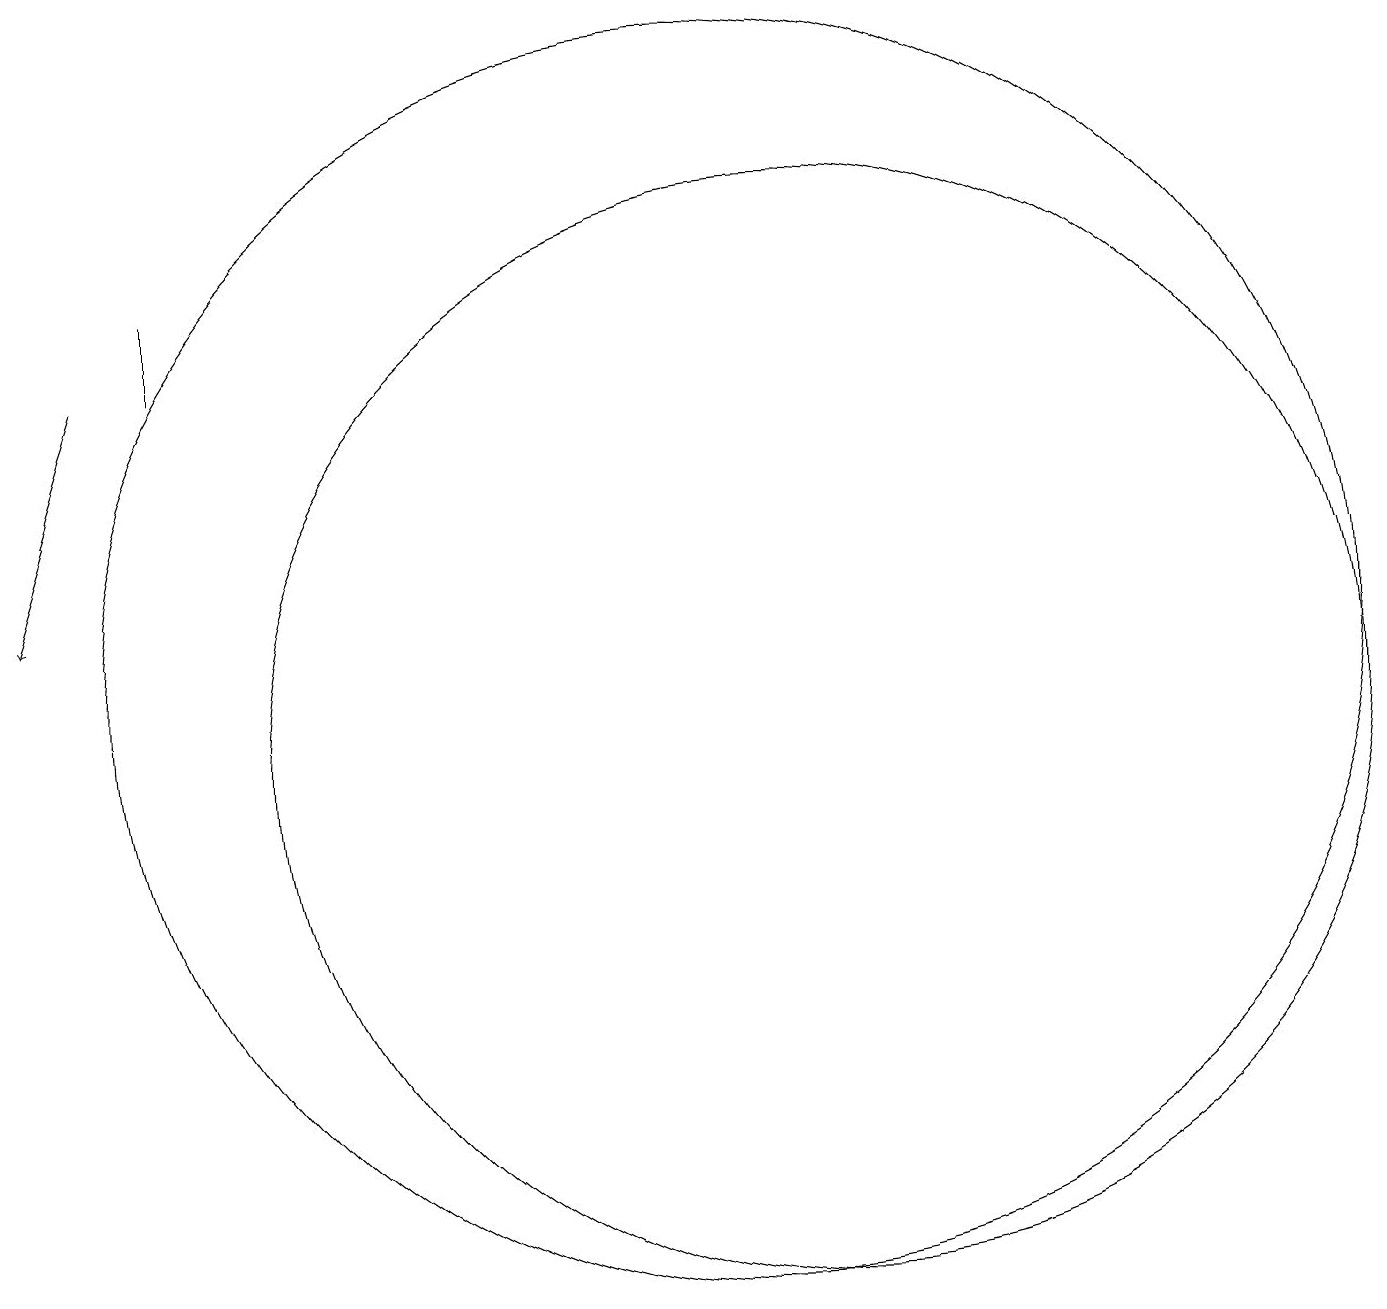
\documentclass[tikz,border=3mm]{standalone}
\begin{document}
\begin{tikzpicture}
\draw (3,17) rectangle (3,16);
\draw (11,11) circle (7);
\draw (10,12) circle (8);
\draw[->] (2,16) -- (1,13);
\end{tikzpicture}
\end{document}